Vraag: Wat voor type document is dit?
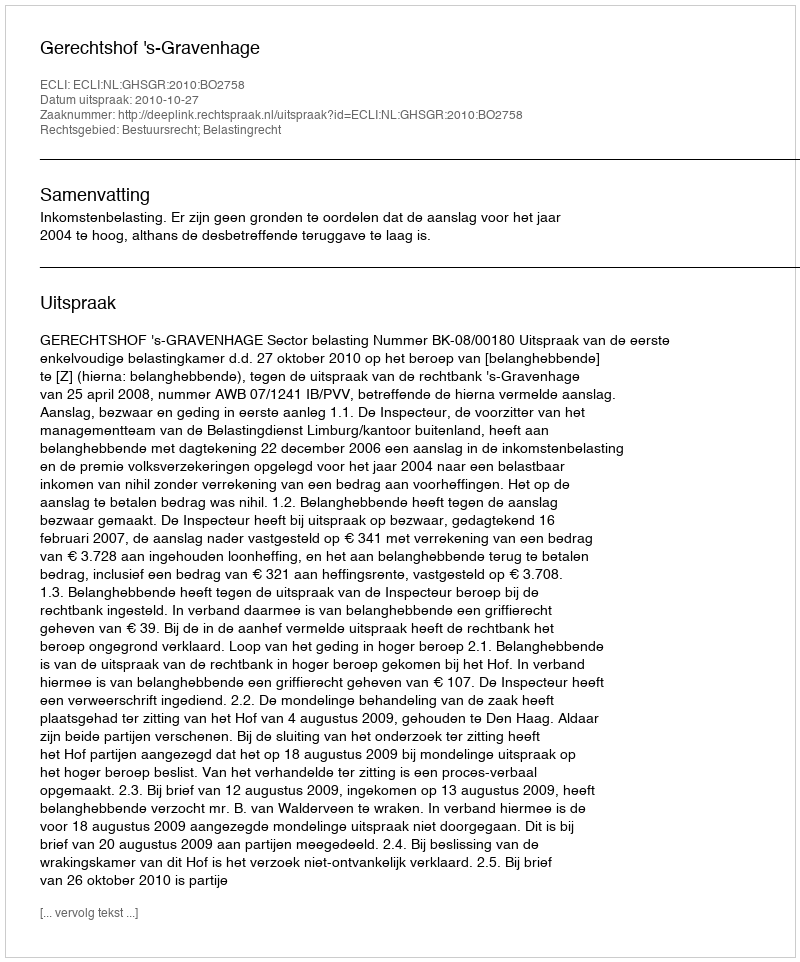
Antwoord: Uitspraak